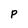
Character: P